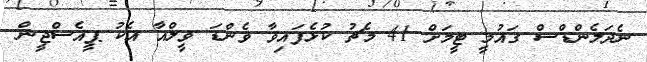
ނެދަލެންޑްސް ގައުމީ ޓީމަށް 41 މެޗު ކުޅެފައިވާ ވެންޑަ ވީލްއާ އެކު ޕީއެސްޖީން